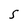
Character: S